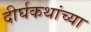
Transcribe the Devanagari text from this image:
दीर्घकथांच्या